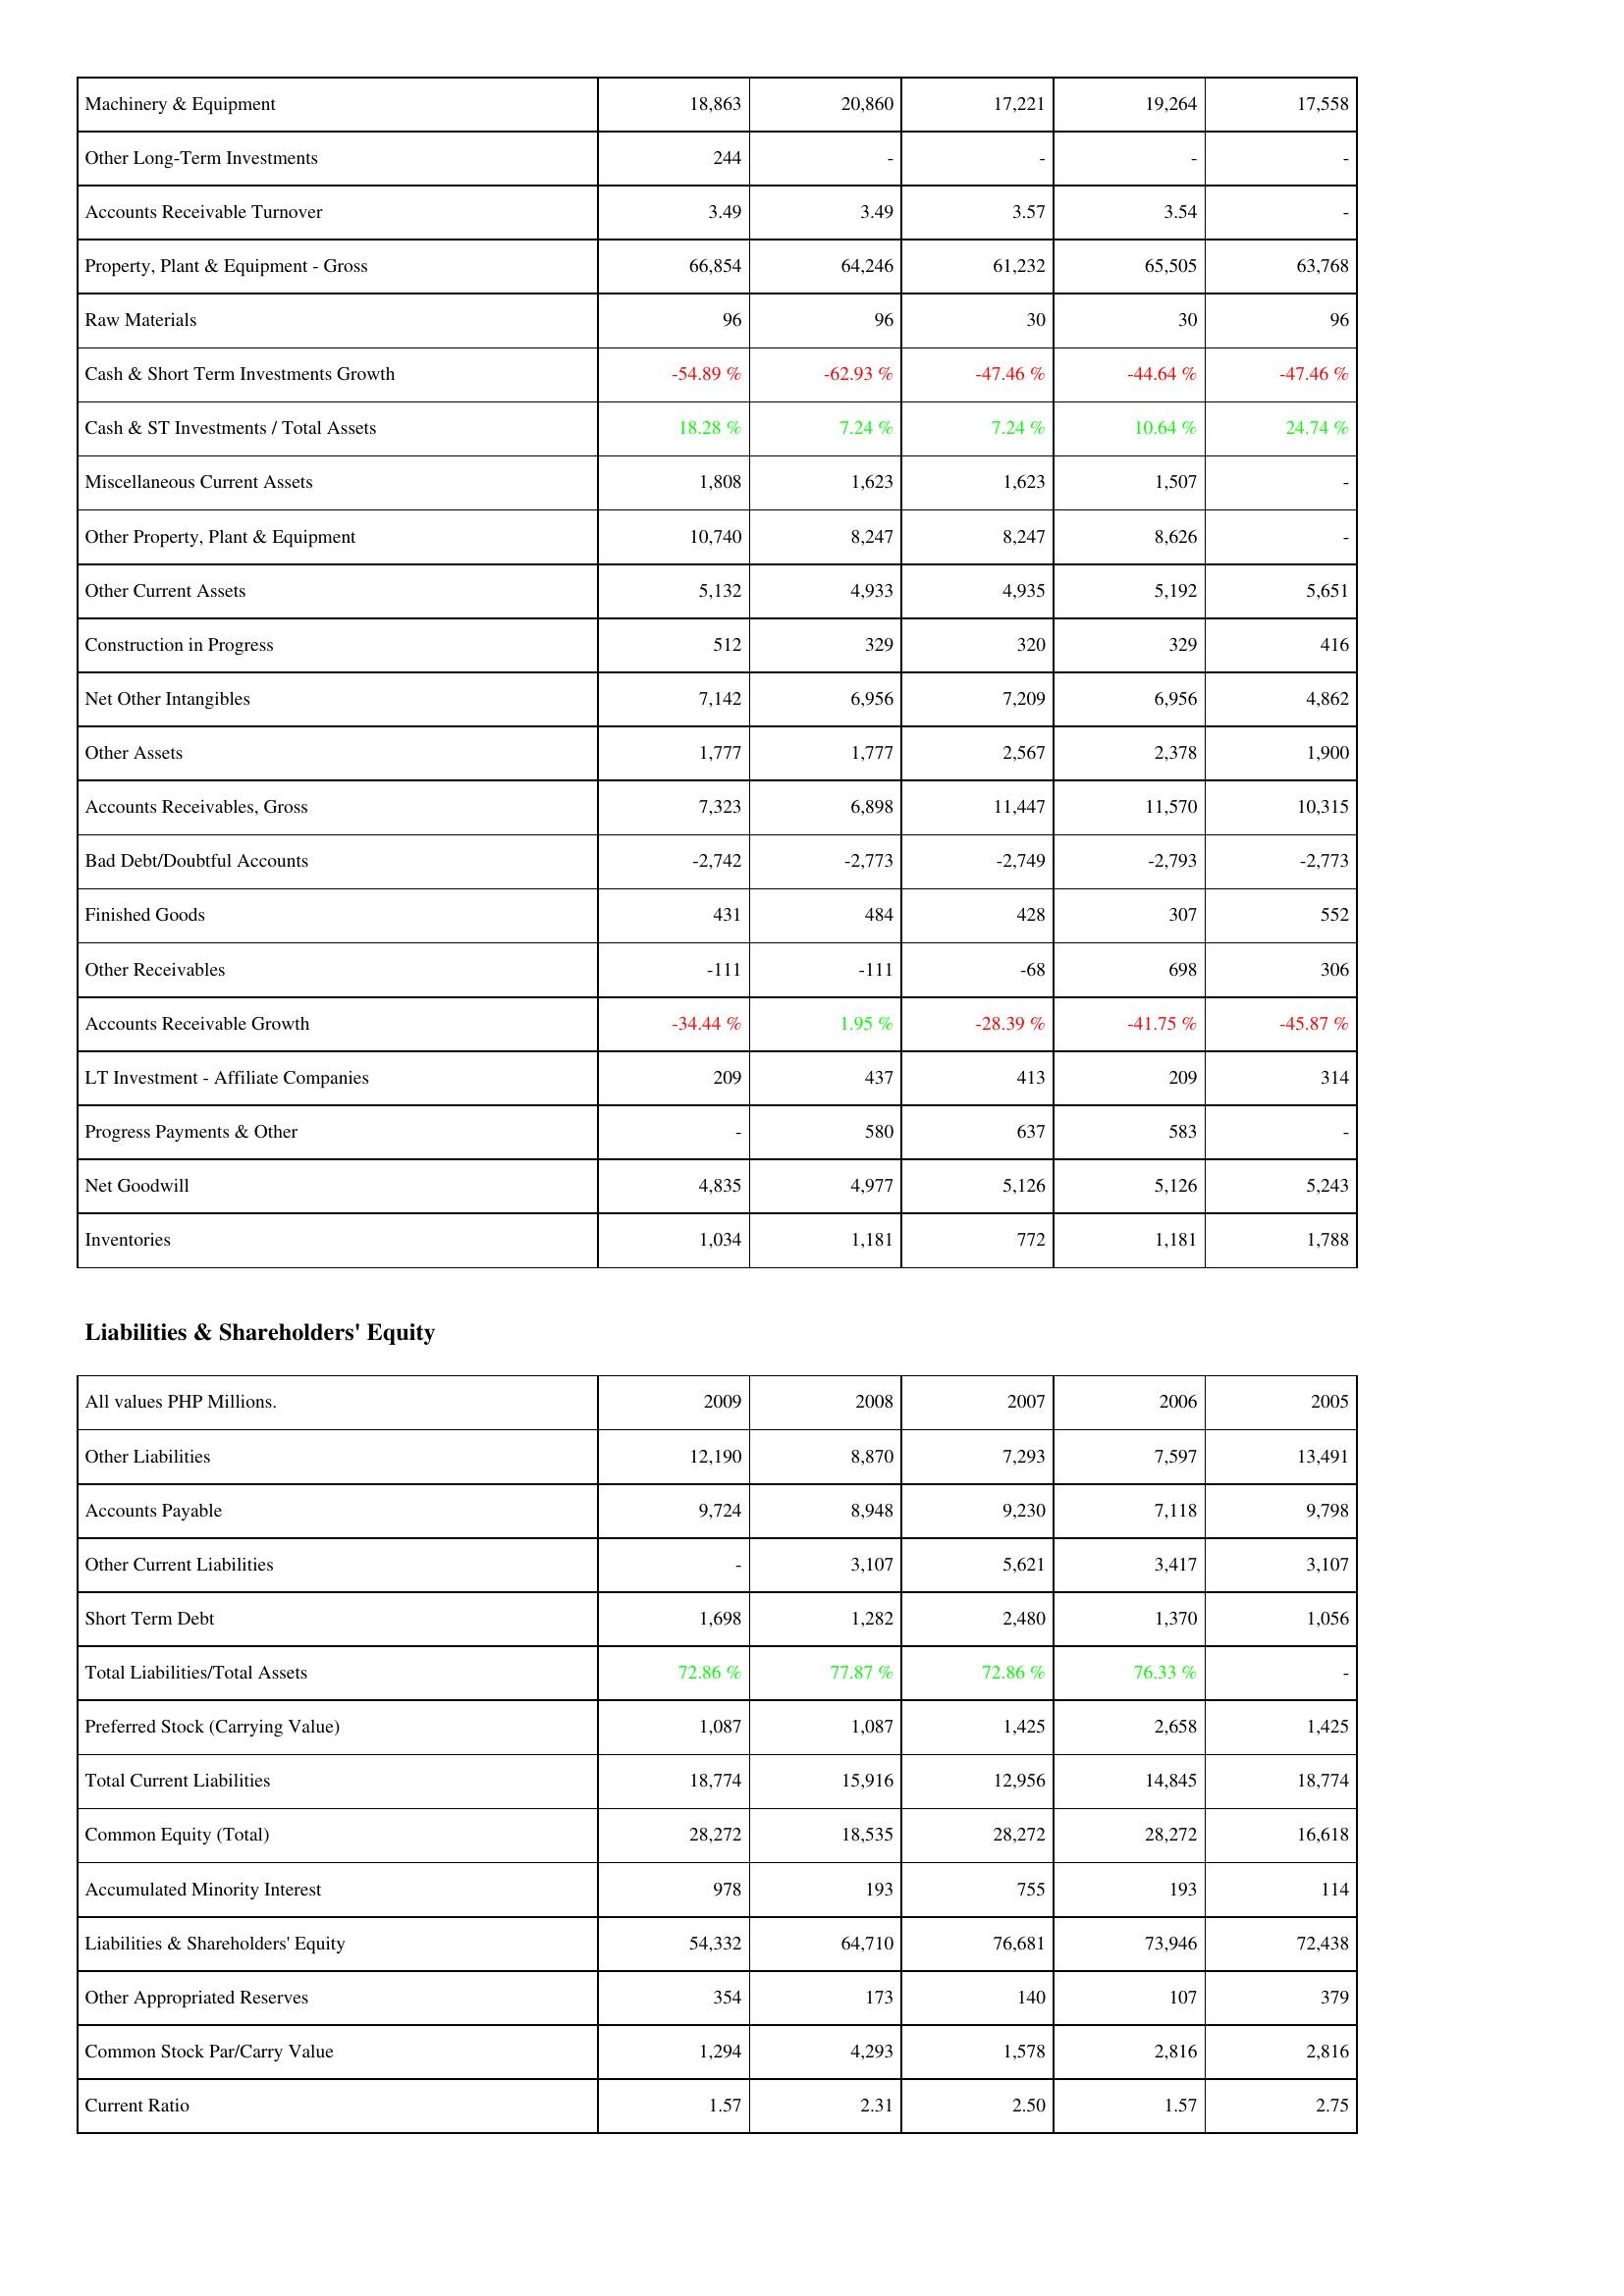
2009: Assets: Machinery & Equipment: 18,863
Other Long-Term Investments: 244
Accounts Receivable Turnover: 3.49
Property, Plant & Equipment - Gross: 66,854
Raw Materials: 96
Cash & Short Term Investments Growth: -54.89 %
Cash & ST Investments / Total Assets: 18.28 %
Miscellaneous Current Assets: 1,808
Other Property, Plant & Equipment: 10,740
Other Current Assets: 5,132
Construction in Progress: 512
Net Other Intangibles: 7,142
Other Assets: 1,777
Accounts Receivables, Gross: 7,323
Bad Debt/Doubtful Accounts: -2,742
Finished Goods: 431
Other Receivables: -111
Accounts Receivable Growth: -34.44 %
LT Investment - Affiliate Companies: 209
Progress Payments & Other: -
Net Goodwill: 4,835
Inventories: 1,034
Liabilities & Shareholders' Equity: Other Liabilities: 12,190
Accounts Payable: 9,724
Other Current Liabilities: -
Short Term Debt: 1,698
Total Liabilities/Total Assets: 72.86 %
Preferred Stock (Carrying Value): 1,087
Total Current Liabilities: 18,774
Common Equity (Total): 28,272
Accumulated Minority Interest: 978
Liabilities & Shareholders' Equity: 54,332
Other Appropriated Reserves: 354
Common Stock Par/Carry Value: 1,294
Current Ratio: 1.57
2008: Assets: Machinery & Equipment: 20,860
Other Long-Term Investments: -
Accounts Receivable Turnover: 3.49
Property, Plant & Equipment - Gross: 64,246
Raw Materials: 96
Cash & Short Term Investments Growth: -62.93 %
Cash & ST Investments / Total Assets: 7.24 %
Miscellaneous Current Assets: 1,623
Other Property, Plant & Equipment: 8,247
Other Current Assets: 4,933
Construction in Progress: 329
Net Other Intangibles: 6,956
Other Assets: 1,777
Accounts Receivables, Gross: 6,898
Bad Debt/Doubtful Accounts: -2,773
Finished Goods: 484
Other Receivables: -111
Accounts Receivable Growth: 1.95 %
LT Investment - Affiliate Companies: 437
Progress Payments & Other: 580
Net Goodwill: 4,977
Inventories: 1,181
Liabilities & Shareholders' Equity: Other Liabilities: 8,870
Accounts Payable: 8,948
Other Current Liabilities: 3,107
Short Term Debt: 1,282
Total Liabilities/Total Assets: 77.87 %
Preferred Stock (Carrying Value): 1,087
Total Current Liabilities: 15,916
Common Equity (Total): 18,535
Accumulated Minority Interest: 193
Liabilities & Shareholders' Equity: 64,710
Other Appropriated Reserves: 173
Common Stock Par/Carry Value: 4,293
Current Ratio: 2.31
2007: Assets: Machinery & Equipment: 17,221
Other Long-Term Investments: -
Accounts Receivable Turnover: 3.57
Property, Plant & Equipment - Gross: 61,232
Raw Materials: 30
Cash & Short Term Investments Growth: -47.46 %
Cash & ST Investments / Total Assets: 7.24 %
Miscellaneous Current Assets: 1,623
Other Property, Plant & Equipment: 8,247
Other Current Assets: 4,935
Construction in Progress: 320
Net Other Intangibles: 7,209
Other Assets: 2,567
Accounts Receivables, Gross: 11,447
Bad Debt/Doubtful Accounts: -2,749
Finished Goods: 428
Other Receivables: -68
Accounts Receivable Growth: -28.39 %
LT Investment - Affiliate Companies: 413
Progress Payments & Other: 637
Net Goodwill: 5,126
Inventories: 772
Liabilities & Shareholders' Equity: Other Liabilities: 7,293
Accounts Payable: 9,230
Other Current Liabilities: 5,621
Short Term Debt: 2,480
Total Liabilities/Total Assets: 72.86 %
Preferred Stock (Carrying Value): 1,425
Total Current Liabilities: 12,956
Common Equity (Total): 28,272
Accumulated Minority Interest: 755
Liabilities & Shareholders' Equity: 76,681
Other Appropriated Reserves: 140
Common Stock Par/Carry Value: 1,578
Current Ratio: 2.50
2006: Assets: Machinery & Equipment: 19,264
Other Long-Term Investments: -
Accounts Receivable Turnover: 3.54
Property, Plant & Equipment - Gross: 65,505
Raw Materials: 30
Cash & Short Term Investments Growth: -44.64 %
Cash & ST Investments / Total Assets: 10.64 %
Miscellaneous Current Assets: 1,507
Other Property, Plant & Equipment: 8,626
Other Current Assets: 5,192
Construction in Progress: 329
Net Other Intangibles: 6,956
Other Assets: 2,378
Accounts Receivables, Gross: 11,570
Bad Debt/Doubtful Accounts: -2,793
Finished Goods: 307
Other Receivables: 698
Accounts Receivable Growth: -41.75 %
LT Investment - Affiliate Companies: 209
Progress Payments & Other: 583
Net Goodwill: 5,126
Inventories: 1,181
Liabilities & Shareholders' Equity: Other Liabilities: 7,597
Accounts Payable: 7,118
Other Current Liabilities: 3,417
Short Term Debt: 1,370
Total Liabilities/Total Assets: 76.33 %
Preferred Stock (Carrying Value): 2,658
Total Current Liabilities: 14,845
Common Equity (Total): 28,272
Accumulated Minority Interest: 193
Liabilities & Shareholders' Equity: 73,946
Other Appropriated Reserves: 107
Common Stock Par/Carry Value: 2,816
Current Ratio: 1.57
2005: Assets: Machinery & Equipment: 17,558
Other Long-Term Investments: -
Accounts Receivable Turnover: -
Property, Plant & Equipment - Gross: 63,768
Raw Materials: 96
Cash & Short Term Investments Growth: -47.46 %
Cash & ST Investments / Total Assets: 24.74 %
Miscellaneous Current Assets: -
Other Property, Plant & Equipment: -
Other Current Assets: 5,651
Construction in Progress: 416
Net Other Intangibles: 4,862
Other Assets: 1,900
Accounts Receivables, Gross: 10,315
Bad Debt/Doubtful Accounts: -2,773
Finished Goods: 552
Other Receivables: 306
Accounts Receivable Growth: -45.87 %
LT Investment - Affiliate Companies: 314
Progress Payments & Other: -
Net Goodwill: 5,243
Inventories: 1,788
Liabilities & Shareholders' Equity: Other Liabilities: 13,491
Accounts Payable: 9,798
Other Current Liabilities: 3,107
Short Term Debt: 1,056
Total Liabilities/Total Assets: -
Preferred Stock (Carrying Value): 1,425
Total Current Liabilities: 18,774
Common Equity (Total): 16,618
Accumulated Minority Interest: 114
Liabilities & Shareholders' Equity: 72,438
Other Appropriated Reserves: 379
Common Stock Par/Carry Value: 2,816
Current Ratio: 2.75